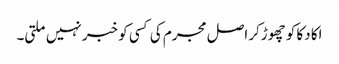
اکا دکا کو چھوڑکر اصل مجرم کی کسی کو خبر نہیں ملتی۔